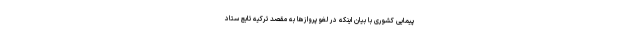
پیمایی کشوری با بیان اینکه در لغو پروازها به مقصد ترکیه تابع ستاد